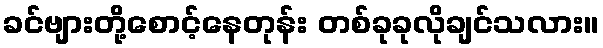
ခင်ဗျားတို့စောင့်နေတုန်း တစ်ခုခုလိုချင်သလား။